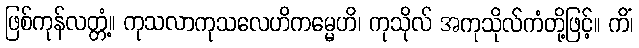
ဖြစ်ကုန်လတ္တံ့။ ကုသလာကုသလေဟိကမ္မေဟိ၊ ကုသိုလ် အကုသိုလ်ကံတို့ဖြင့်။ ကိံ၊